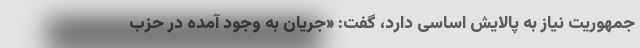
جمهوریت نیاز به پالایش اساسی دارد، گفت: «جریان به وجود آمده در حزب